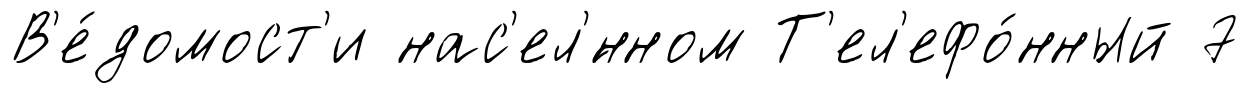
В'е́домост'и нас'ел'́нном Т'ел'ефо́нный 7